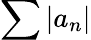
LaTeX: \sum|a_{n}|